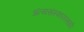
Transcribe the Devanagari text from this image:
अंत्यसंस्कारासाठी